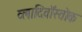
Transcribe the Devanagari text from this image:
व्लादिवॉस्तोक